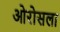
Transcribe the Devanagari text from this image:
ओरोसला